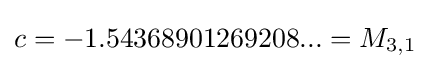
c=-1.54368901269208...=M_{3,1}